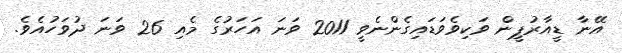
އޭނާ ޑީއާރުޕީން ވަކިވެވަޑައިގެންނެވީ 2011 ވަނަ އަހަރުގެ މެއި 26 ވަނަ ދުވަހުއެވެ.